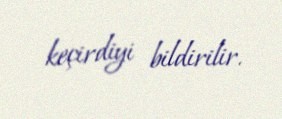
keçirdiyi bildirilir.